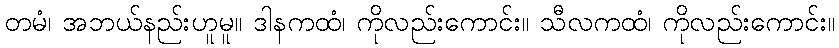
တမံ၊ အဘယ်နည်းဟူမူ။ ဒါနကထံ၊ ကိုလည်းကောင်း။ သီလကထံ၊ ကိုလည်းကောင်း။